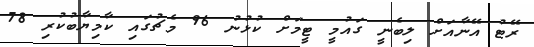
ރޭޓު އޭނާއަށް ލިބެނީ ގައުމީ ޓީމަށް ކުޅުނު 96 މެޗުގައި ކާމިޔާބުކުރި 78